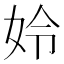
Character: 姈